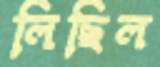
লিছিল